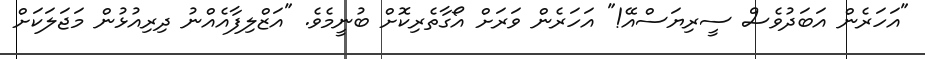
"އަހަަރެން އަބަދުވެސް ސީރިޔަސްއޭ!" އަހަރެން ވަރަށް އޯގާތެރިކޮށް ބުނީމެވެ. "އަޒްލިފާއެއްނު ދިރިއުޅުން މަޖަލަކަށް